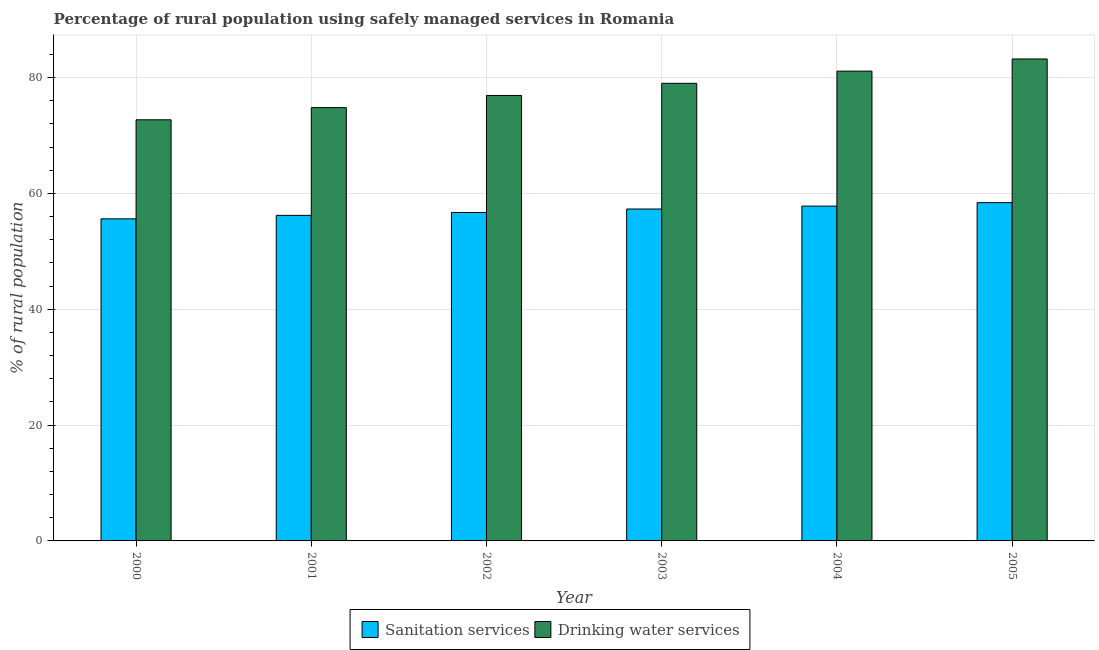
| Year | Sanitation services | Drinking water services |
 | --- | --- | --- |
 | 2000 | 55.6 | 72.7 |
 | 2001 | 56.2 | 74.8 |
 | 2002 | 56.7 | 76.9 |
 | 2003 | 57.3 | 79 |
 | 2004 | 57.8 | 81.1 |
 | 2005 | 58.4 | 83.2 |